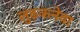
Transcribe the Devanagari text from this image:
लुढ़कनेवा